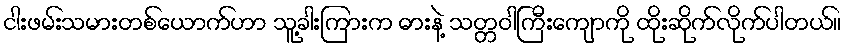
ငါးဖမ်းသမားတစ်ယောက်ဟာ သူ့ခါးကြားက ဓားနဲ့ သတ္တဝါကြီးကျောကို ထိုးဆိုက်လိုက်ပါတယ်။